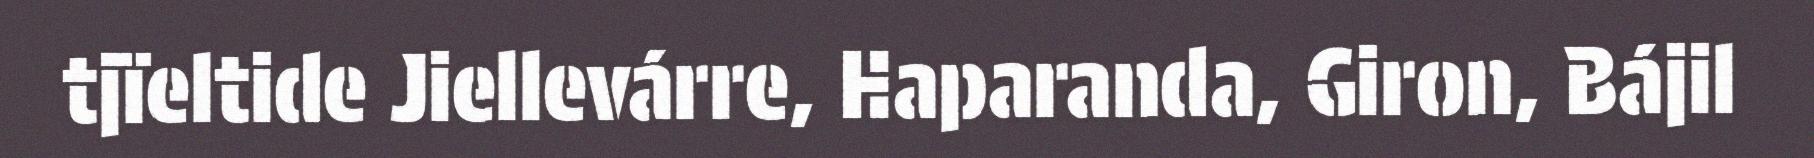
tjïeltide Jiellevárre, Haparanda, Giron, Bájil